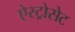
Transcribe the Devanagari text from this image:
ऐस्ट्रोसेट